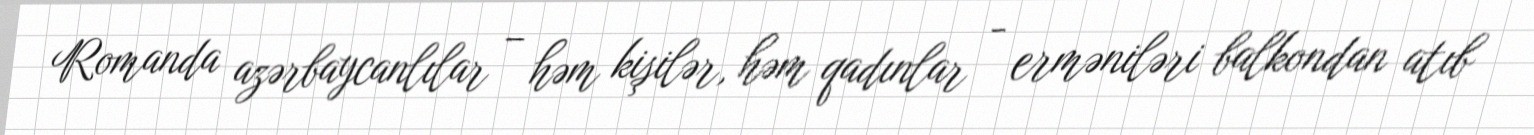
Romanda azərbaycanlılar – həm kişilər, həm qadınlar - erməniləri balkondan atıb